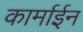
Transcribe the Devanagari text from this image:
कार्माईन